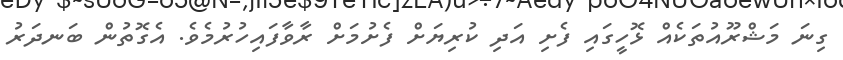
ގިނަ މަޝްރޫއުތަކެއް ޅޮހީގައި ފެށި އަދި ކުރިޔަށް ފެށުމަށް ރާވާފައިހުރުމެވެ. އެގޮތުން ބަނދަރު